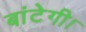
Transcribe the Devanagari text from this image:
बांटेगी।